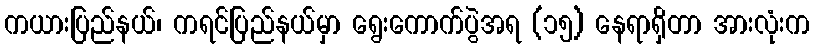
ကယားပြည်နယ်၊ ကရင်ပြည်နယ်မှာ ရွေးကောက်ပွဲအရ (၁၅) နေရာရှိတာ အားလုံးက